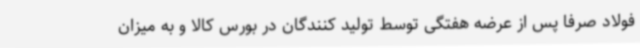
فولاد صرفا پس از عرضه هفتگی توسط تولید کنندگان در بورس کالا و به میزان